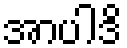
အာပါဒိ